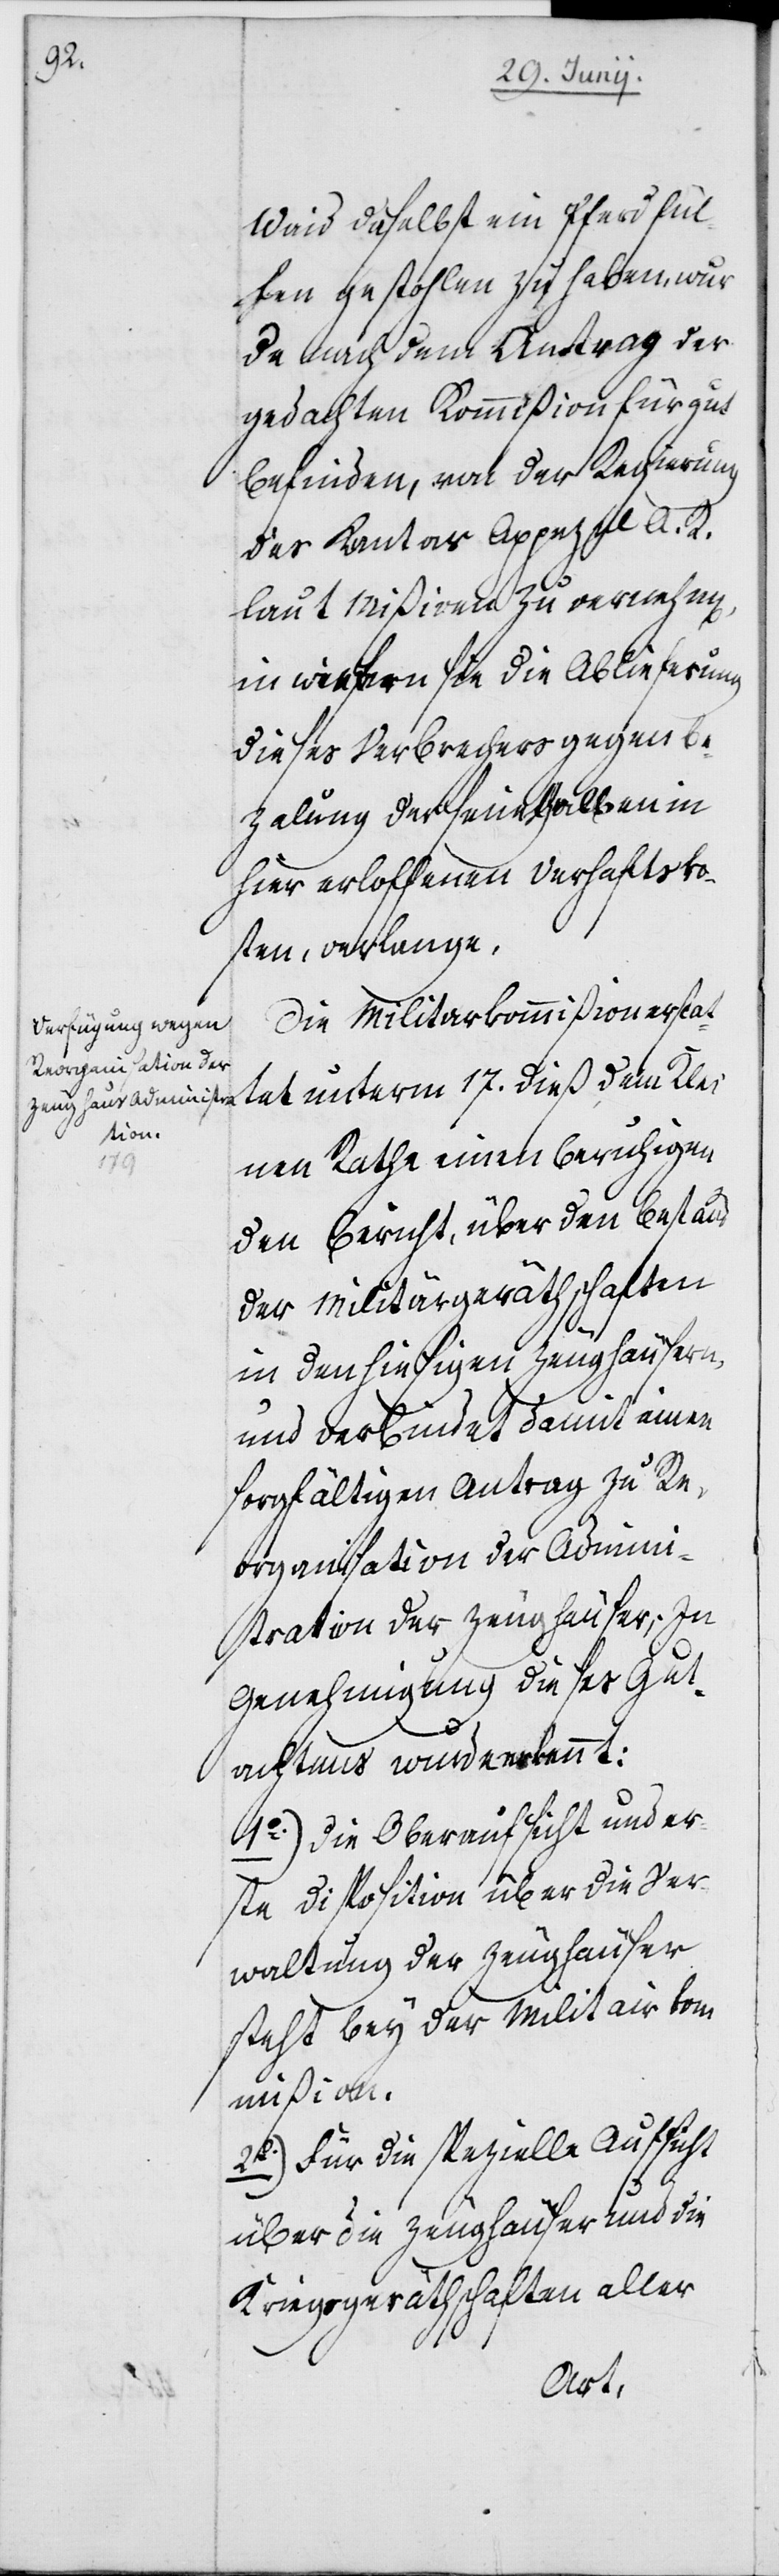
Waid daselbst ein Pferdfül¬
len gestohlen zu haben, wur¬
de nach dem Antrag der
gedachten Kommißion für gut
befunden, von der Regierung
des Kantons Appenzell A. R.
lt. Mißiven zu vernehm[en],
in wiefern sie die Ablieferung
dieses Verbrechers gegen Be¬
zalung der seinhalben in
hier erloffenen Verhaftsko¬
sten, verlange.
Die Militarkommißion erstat¬
tet unterm 17. dieß dem Klei¬
nen Rathe einen beruhigen¬
den Bericht, über den Bestand
der Militärgeräthschaften
in den hiesigen Zeughäusern,
und verbindet damit einen
sorgfältigen Antrag zu Re¬
organisation der Admini¬
stration der Zeughäuser; In
Genehmigung dieses Gut¬
achtens wurde erkennt:
1o.) Die Oberaufsicht und er¬
ste Disposition über die Ver¬
waltung der Zeughäuser
steht bey der Militairkom¬
mißion.
2o.) Für die spezielle Aufsicht
über die Zeughäuser und die
Kriegsgeräthschaften aller